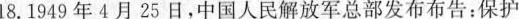
18.1949年4月25日，中国人民解放军总部发布布告：保护